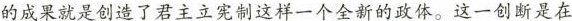
的成果就是创造了君主立宪制这样一个全新的政体。这一创断是在